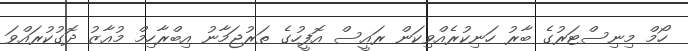
ހޯމް މިނިސްޓަރުގެ ބާރު ހަނިކުރެއްވިކަން ރައީސް އޮފީހުގެ ތަރުޖަމާނު އިބްރާހިމް މުއާޒު ދޮގުކުރައްވަ